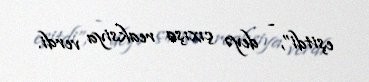
eşitdi”, - deyə çıxışa reaksiya verdi.